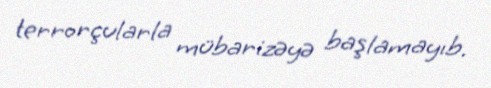
terrorçularla mübarizəyə başlamayıb.